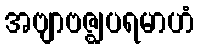
အဗျာဗဇ္ဈပရမာဟံ